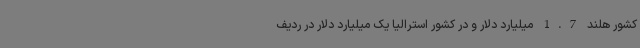
کشور هلند 1.7 میلیارد دلار و در کشور استرالیا یک میلیارد دلار در ردیف